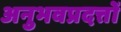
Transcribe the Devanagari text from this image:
अनुभवप्रदत्तों